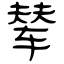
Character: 辇